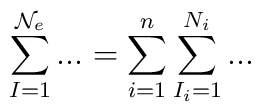
\sum_{I=1}^{\mathcal{N}_{e}}...=\sum_{i=1}^{n}\sum_{I_{i}=1}^{N_{i}}...